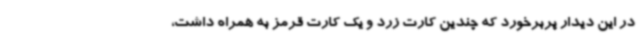
در این دیدار پربرخورد که چندین کارت زرد و یک کارت قرمز به همراه داشت،